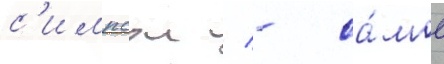
с'импсон / - са́мое